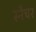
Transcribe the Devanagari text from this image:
स्नैचर